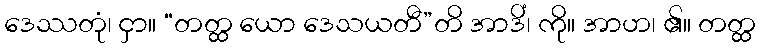
ဒေဿတုံ၊ ငှာ။ “တတ္ထ ယော ဒေသယတီ”တိ အာဒိံ၊ ကို။ အာဟ၊ ၏။ တတ္ထ